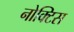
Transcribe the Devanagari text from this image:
नोक्टिस